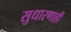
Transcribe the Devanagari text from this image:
सुधारणाही